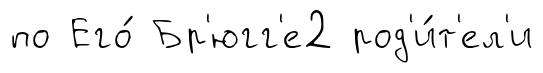
по Его́ Бр'югг'е2 род'и́т'ел'и